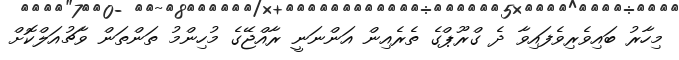
މިހާރު ބައިވެރިވެފައިވާ ދެ ގްރޫޕްގެ ތެރެއިން އަންނަނީ ރާއްޖޭގެ މުހިންމު ތަންތަން ވާޗުއަލްކޮށް